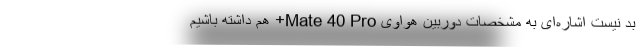
بد نیست اشاره‌ای به مشخصات دوربین هواوی Mate 40 Pro+ هم داشته باشیم